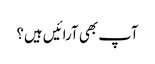
آپ بھی آرائیں ہیں؟